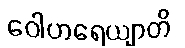
ဝေါဟရေယျာတိ